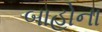
બાહોના